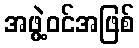
အဖွဲ့ဝင်အဖြစ်